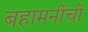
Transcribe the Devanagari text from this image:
बहामनींची